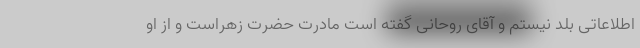
اطلاعاتی بلد نیستم و آقای روحانی گفته است مادرت حضرت زهراست و از او